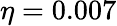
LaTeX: \eta=0.007